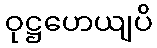
ဝုဋ္ဌဟေယျပိ